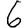
Digit: 6